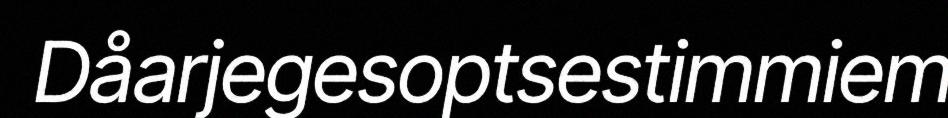
Dåarjegesoptsestimmiem